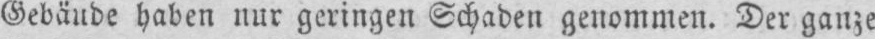
Gebäude haben nur geringen Schaden genommen. Der ganze